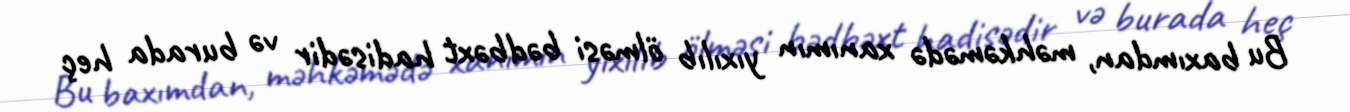
Bu baxımdan, məhkəmədə xanımın yıxılıb ölməsi bədbəxt hadisədir və burada heç